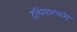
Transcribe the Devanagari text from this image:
हथियारधारी